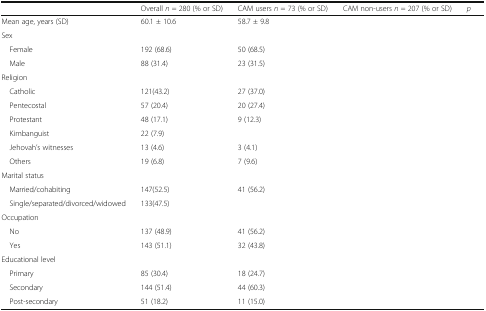
<table><thead><tr><td>[EMPTY_CELL]</td><td><b>Overall <i>n</i> = 280 (% or SD)</b></td><td><b>CAM users <i>n</i> = 73 (% or SD)</b></td><td><b>CAM non-users <i>n</i> = 207 (% or SD)</b></td><td><b><i>p</i></b></td></tr></thead><tbody><tr><td>Mean age, years (SD)</td><td>60.1 ± 10.6</td><td>58.7 ± 9.8</td><td>[EMPTY_CELL]</td><td>[EMPTY_CELL]</td></tr><tr><td colspan="5">Sex</td></tr><tr><td> Female</td><td>192 (68.6)</td><td>50 (68.5)</td><td>[EMPTY_CELL]</td><td>[EMPTY_CELL]</td></tr><tr><td> Male</td><td>88 (31.4)</td><td>23 (31.5)</td><td>[EMPTY_CELL]</td><td>[EMPTY_CELL]</td></tr><tr><td colspan="5">Religion</td></tr><tr><td> Catholic</td><td>121(43.2)</td><td>27 (37.0)</td><td>[EMPTY_CELL]</td><td>[EMPTY_CELL]</td></tr><tr><td> Pentecostal</td><td>57 (20.4)</td><td>20 (27.4)</td><td>[EMPTY_CELL]</td><td>[EMPTY_CELL]</td></tr><tr><td> Protestant</td><td>48 (17.1)</td><td>9 (12.3)</td><td>[EMPTY_CELL]</td><td>[EMPTY_CELL]</td></tr><tr><td> Kimbanguist</td><td>22 (7.9)</td><td>[EMPTY_CELL]</td><td>[EMPTY_CELL]</td><td>[EMPTY_CELL]</td></tr><tr><td> Jehovah’s witnesses</td><td>13 (4.6)</td><td>3 (4.1)</td><td>[EMPTY_CELL]</td><td>[EMPTY_CELL]</td></tr><tr><td> Others</td><td>19 (6.8)</td><td>7 (9.6)</td><td>[EMPTY_CELL]</td><td>[EMPTY_CELL]</td></tr><tr><td colspan="5">Marital status</td></tr><tr><td> Married/cohabiting</td><td>147(52.5)</td><td>41 (56.2)</td><td>[EMPTY_CELL]</td><td>[EMPTY_CELL]</td></tr><tr><td> Single/separated/divorced/widowed</td><td>133(47.5)</td><td>[EMPTY_CELL]</td><td>[EMPTY_CELL]</td><td>[EMPTY_CELL]</td></tr><tr><td colspan="5">Occupation</td></tr><tr><td> No</td><td>137 (48.9)</td><td>41 (56.2)</td><td>[EMPTY_CELL]</td><td>[EMPTY_CELL]</td></tr><tr><td> Yes</td><td>143 (51.1)</td><td>32 (43.8)</td><td>[EMPTY_CELL]</td><td>[EMPTY_CELL]</td></tr><tr><td colspan="5">Educational level</td></tr><tr><td> Primary</td><td>85 (30.4)</td><td>18 (24.7)</td><td>[EMPTY_CELL]</td><td>[EMPTY_CELL]</td></tr><tr><td> Secondary</td><td>144 (51.4)</td><td>44 (60.3)</td><td>[EMPTY_CELL]</td><td>[EMPTY_CELL]</td></tr><tr><td> Post-secondary</td><td>51 (18.2)</td><td>11 (15.0)</td><td>[EMPTY_CELL]</td><td>[EMPTY_CELL]</td></tr></tbody></table>